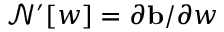
\mathcal { N ^ { \prime } } [ \boldsymbol { w } ] = \partial \mathbf { b } / \partial \boldsymbol { w }